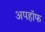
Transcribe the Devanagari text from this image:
अपहॉफ